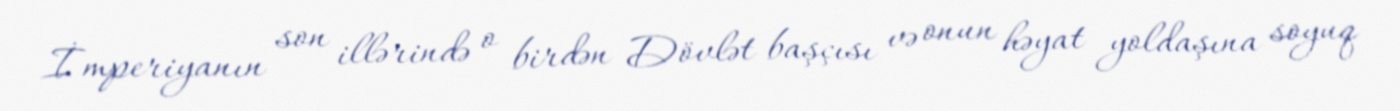
İmperiyanın son illərində o birdən Dövlət başçısı və onun həyat yoldaşına soyuq